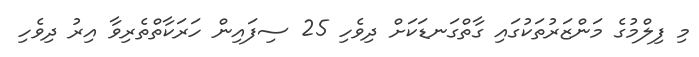
މި ފިލްމުގެ މަންޒަރުތަކުގައި ގާތްގަނޑަކަށް ދިވެހި 25 ސިފައިން ހަރަކާތްތެރިވާ އިރު ދިވެހި